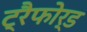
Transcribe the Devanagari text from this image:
ट्रैफोर्ड